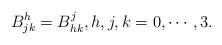
LaTeX: \begin{align*}B^h_{jk}=B^j_{hk}, h,j,k=0,\cdots,3.\end{align*}